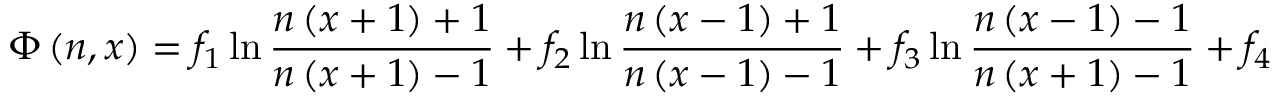
\displaystyle \Phi \left( n , x \right) = f _ { 1 } \ln \frac { n \left( x + 1 \right) + 1 } { n \left( x + 1 \right) - 1 } + f _ { 2 } \ln \frac { n \left( x - 1 \right) + 1 } { n \left( x - 1 \right) - 1 } + f _ { 3 } \ln \frac { n \left( x - 1 \right) - 1 } { n \left( x + 1 \right) - 1 } + f _ { 4 }